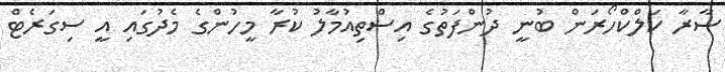
ސާރާ ކަލްކްހޯރަން ބުނީ ދުންފަތުގެ އިސްތިއުމާލު ކުރާ މީހުންގެ މެދުގައި އީ ސިގަރެޓް